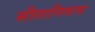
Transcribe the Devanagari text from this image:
सीतानिवास